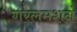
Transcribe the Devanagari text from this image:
गरलमशनं